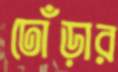
ঢোঁড়ার